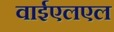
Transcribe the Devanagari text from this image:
वाईएलएल